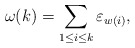
\begin{align*} \omega(k)=\sum_{1\leq i \leq k}\varepsilon_{w(i)}, \end{align*}